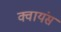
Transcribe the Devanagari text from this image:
क्वायंस